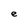
Character: e